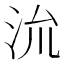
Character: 𭰈